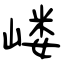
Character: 嵝